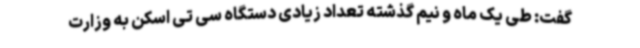
گفت: طی یک ماه و نیم گذشته تعداد زیادی دستگاه سی تی اسکن به وزارت